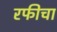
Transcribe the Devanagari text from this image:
रफीचा